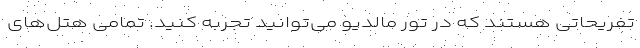
تفریحاتی هستند که در تور مالدیو می‌توانید تجربه کنید. تمامی هتل‌های